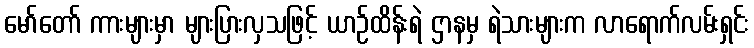
မော်တော် ကားများမှာ များပြားလှသဖြင့် ယာဉ်ထိန်းရဲ ဌာနမှ ရဲသားများက လာရောက်လမ်းရှင်း